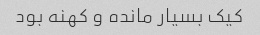
کیک بسیار مانده و کهنه بود